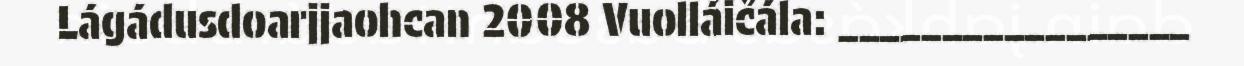
Lágádusdoarjjaohcan 2008 Vuolláičála: _________________